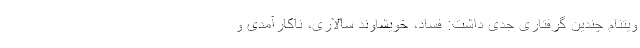
ویتنام چندین گرفتاری جدی داشت: فساد، خویشاوند سالاری، ناکارآمدی و